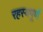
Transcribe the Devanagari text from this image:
रहस्‍यपूर्ण